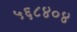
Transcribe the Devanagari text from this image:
५६८४०४